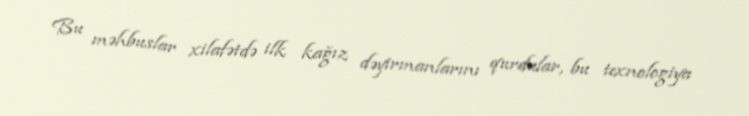
Bu məhbuslar xilafətdə ilk kağız dəyirmanlarını qurdular, bu texnologiya